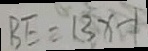
B E = 1 3 x - 1